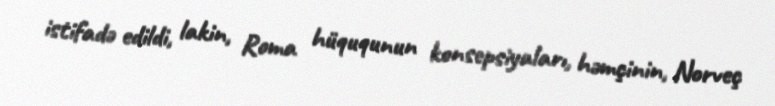
istifadə edildi, lakin, Roma hüququnun konsepsiyaları, həmçinin, Norveç